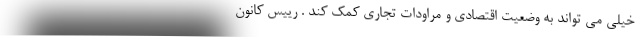
خیلی می تواند به وضعیت اقتصادی و مراودات تجاری کمک کند . رییس کانون